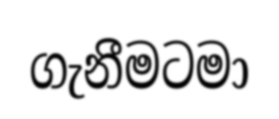
ගැනීමටමා